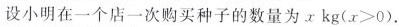
设小明在一个店一次购买种子的数量为 x kg($$x > 0$$)。